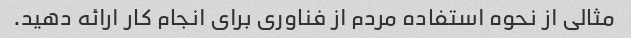
مثالی از نحوه استفاده مردم از فناوری برای انجام کار ارائه دهید.